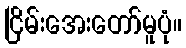
ငြိမ်းအေးတော်မူပုံ။